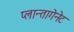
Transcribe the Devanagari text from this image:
प्लान्तागेनेट